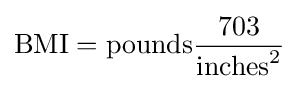
\mathrm {BMI} =\mathrm {pounds} {\frac {703}{\mathrm {inches} ^{2}}}